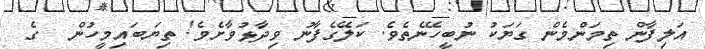
އަލިފާން ތިމަންމެން ގަޔަކު ނުބީހޭނެތެވެ. ކަލޭގެފާނު ވިދާޅުވާށެވެ! ތިޔަބައިމީހުން  ގެ